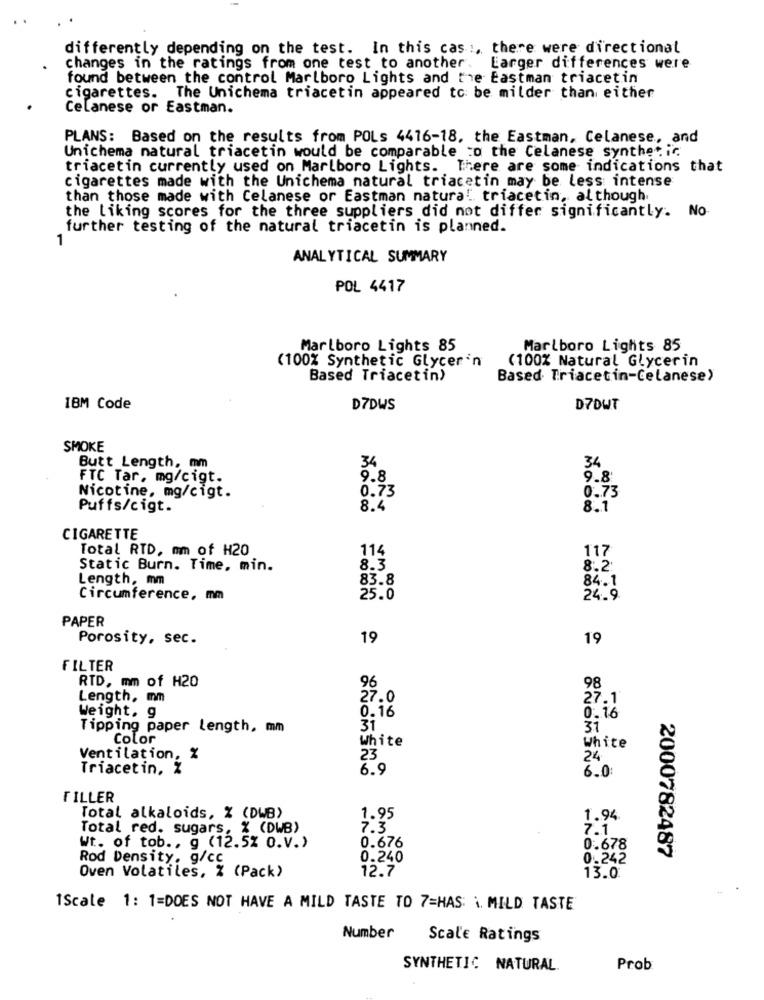
differently depending on the test. In this cas :, there were directional
changes in the ratings from one test to another. Larger differences were
found between the control Marlboro Lights and the Eastman triacetin
cigarettes. The Unichema triacetin appeared to be milder than either
Celanese or Eastman.
PLANS: Based on the results from POLs 4416-18, the Eastman, Celanese, and
Unichema natural triacetin would be comparable :o the Celanese synthetic
triacetin currently used on Marlboro Lights. There are some indications that
cigarettes made with the Unichema natural triacetin may be less intense
than those made with Celanese or Eastman natura! triacetin, although.
the liking scores for the three suppliers did not differ significantly. No
further testing of the natural triacetin is planned.
1
ANALYTICAL SUMMARY
POL 4417
Marlboro Lights 85
Marlboro Lights 85
(100% Synthetic Glycerin
(100% Natural Glycerin
Based Triacetin)
Based Triacetin-Celanese)
IBM Code
D7DWS
D7DWT
SMOKE
Butt Length, mm
34
FTC Tar, mg/cigt.
9.8
9.8
0.73
Nicotine, mg/cigt.
0.73
Puffs/cigt.
8.4
8.1
CIGARETTE
Total RTD, mm of H20
114
117
Static Burn. Time, min.
8.3
8.2
Length, mm
83.8
84.1
Circumference, mm
25.0
24.9
PAPER
Porosity, sec.
19
19
FILTER
RTD, mm of H20
96
98
Length, mm
27.0
27.1
Weight. g
0.16
0.16
Tipping paper length, mm
31
31
Color
White
White
Ventilation, %
23
24
Triacetin, %
6.9
6.0
FILLER
Total alkaloids, % (DWB)
1.95
1.94
Total red. sugars, % (DWB)
7.3
7.1
Wt. of tob ., g (12.5% O.V.)
0.676
0.678
2000782487
Rod Density. g/cc
0.240
0.242
Oven Volatiles, % (Pack)
12.7
13.0
1Scale 1: 1=DOES NOT HAVE A MILD TASTE TO 7=HAS: \. MILD TASTE
Number
Scale Ratings
SYNTHETIC NATURAL.
Prob